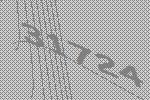
31724